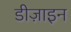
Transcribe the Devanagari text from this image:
डीज़ाइन